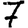
Digit: 7